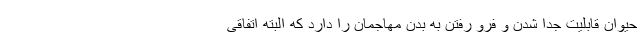
حیوان قابلیت جدا شدن و فرو رفتن به بدن مهاجمان را دارد که البته اتفاقی